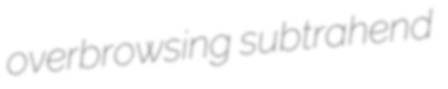
overbrowsing subtrahend